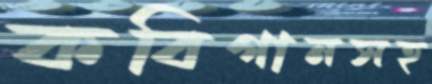
কবিগানসহ